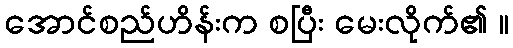
အောင်စည်ဟိန်းက စပြီး မေးလိုက်၏ ။